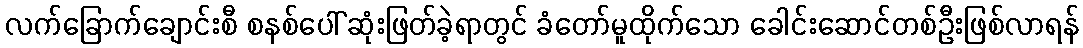
လက်ခြောက်ချောင်းစီ စနစ်ပေါ် ဆုံးဖြတ်ခဲ့ရာတွင် ခံတော်မူထိုက်သော ခေါင်းဆောင်တစ်ဦးဖြစ်လာရန်